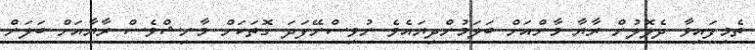
ތެމިފައިވާ ދެލޮލުން ރާޔާ މާންއަށް ބަލަމުންދިޔައެވެ ނުވިސްނޭފަދަ ގޮތަކަށް މާނިޝްވެސް ރާޔާއަށް ބަލަން